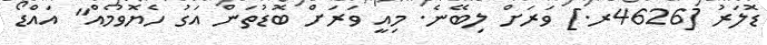
ޑޮލަރު [4626ރ.] ވަރަށް ލިބޭނެ. މިއީ ވަރަށް ބޮޑުތަން އަގު ހެޔޮވުމެއް" އައްޑޯ